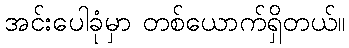
အင်းပေါခုံမှာ တစ်ယောက်ရှိတယ်။